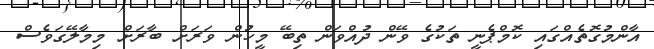
އާންމުގޮތެއްގައި ކޮމްޕެނީ ތަކުގެ ވޭން ދުއްވަން ތިބޭ މީހުން ވަރަށް ބާރަށް މިމާލޭގަވެސް